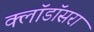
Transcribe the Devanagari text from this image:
क्लॉडॉसरा